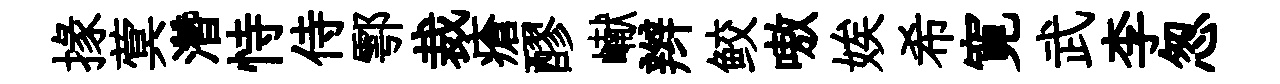
掾蓂濳恃侍鄠裁瘡醪𪩘辫鲛嗷娭希寛武李怱